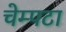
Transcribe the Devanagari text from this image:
चेम्पटा